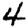
Digit: 4